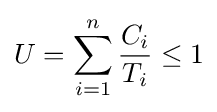
U=\sum _{i=1}^{n}{\frac {C_{i}}{T_{i}}}\leq 1